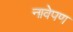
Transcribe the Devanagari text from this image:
नावेपण